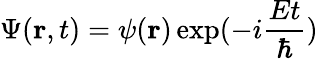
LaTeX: \Psi(\mathbf{r},t)=\psi(\mathbf{r})\exp(-i\frac{Et}{\hbar})